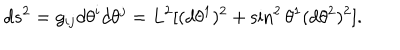
d s ^ { 2 } = g _ { i j } d \theta ^ { i } d \theta ^ { j } = L ^ { 2 } [ ( d \theta ^ { 1 } ) ^ { 2 } + \sin ^ { 2 } \theta ^ { 1 } ( d \theta ^ { 2 } ) ^ { 2 } ] .